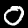
Label: 0